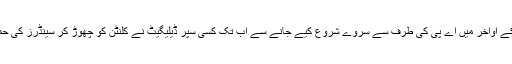
مگر 2015 کے اواخر میں اے پی کی طرف سے سروے شروع کیے جانے سے اب تک کسی سپر ڈیلیگیٹ نے کلنٹن کو چھوڑ کر سینڈرز کی حمایت نہیں کی۔